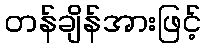
တန်ချိန်အားဖြင့်